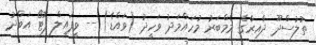
ތުލުސްދޫ ދާއިރާގެ މެމްބަރު މުހައްމަދު ވަހީދު (ވައްޑެ) -- ވީފައިލް ފޮޓޯ އަބްދު